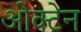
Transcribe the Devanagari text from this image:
ओक्टेन